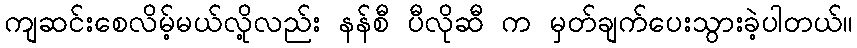
ကျဆင်းစေလိမ့်မယ်လို့လည်း နန်စီ ပီလိုဆီ က မှတ်ချက်ပေးသွားခဲ့ပါတယ်။